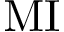
\mathrm { M I }